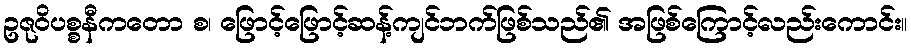
ဥဇုဝိပစ္စနီကတော စ၊ ဖြောင့်ဖြောင့်ဆန့်ကျင်ဘက်ဖြစ်သည်၏ အဖြစ်ကြောင့်လည်းကောင်း။